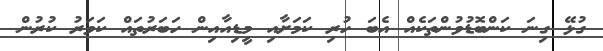
ގުޅޭ ގިނަ ކަންބޮޑުވުންތަކެއް އެބަ ހުރި ކަމަށާއި މީޑިއާއިން ހަބަރުތައް ކަވަރު ކުރުން